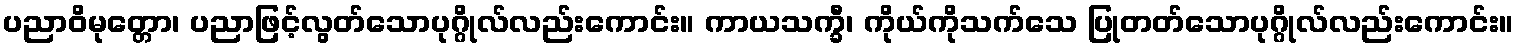
ပညာဝိမုတ္တော၊ ပညာဖြင့်လွတ်သောပုဂ္ဂိုလ်လည်းကောင်း။ ကာယသက္ခီ၊ ကိုယ်ကိုသက်သေ ပြုတတ်သောပုဂ္ဂိုလ်လည်းကောင်း။